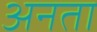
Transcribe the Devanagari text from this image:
अनता